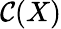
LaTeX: {\mathcal{C}}(X)